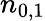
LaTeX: n_{0,1}